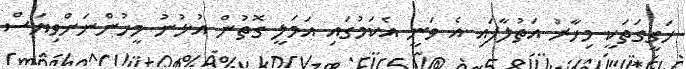
ހަގީގަތަކީ މިހާރު އަތުލާފައި އެ ވަނީ އެކަމުގައި އަމަލީ ގޮތުން އުޅުނު މީހުންނަށްވިޔަސް